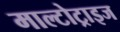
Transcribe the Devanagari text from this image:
माल्टोट्राइज